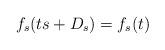
LaTeX: \begin{align*}f_s(ts+D_s)=f_s(t)\end{align*}